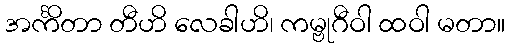
အင်္ကိတာ တီဟိ လေခါဟိ၊ ကမ္ဗုဂီဝါ ထဝါ မတာ။